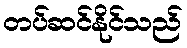
တပ်ဆင်နိုင်သည်